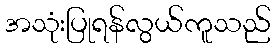
အသုံးပြုရန်လွယ်ကူသည်